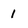
Character: 1